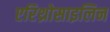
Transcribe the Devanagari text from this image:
एरिथ्रोसाइलिन